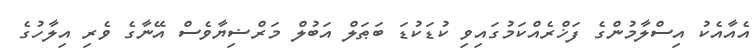
އެއާއެކު އިސްލާމުންގެ ފަޚްރެއްކަމުގައިވި ކުޑަކުޑަ ބަޠަލް އަބުލް މަރްޟިޔާވެސް އޭނާގެ ވެރި އިލާހުގެ